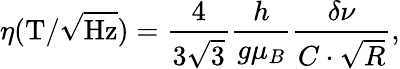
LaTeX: \eta\mathrm{(T/}\sqrt{\mathrm{Hz}})=\frac{4}{3\sqrt{3}}\frac{h}{g\mu_{B}}\frac{\delta\nu}{C\cdot\sqrt{R}},